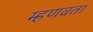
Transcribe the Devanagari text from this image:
म्हणवता